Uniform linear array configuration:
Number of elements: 24
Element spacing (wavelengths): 0.75
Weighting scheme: kaiser
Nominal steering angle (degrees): -30
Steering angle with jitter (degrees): -30.267
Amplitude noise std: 0.05
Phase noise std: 0.05

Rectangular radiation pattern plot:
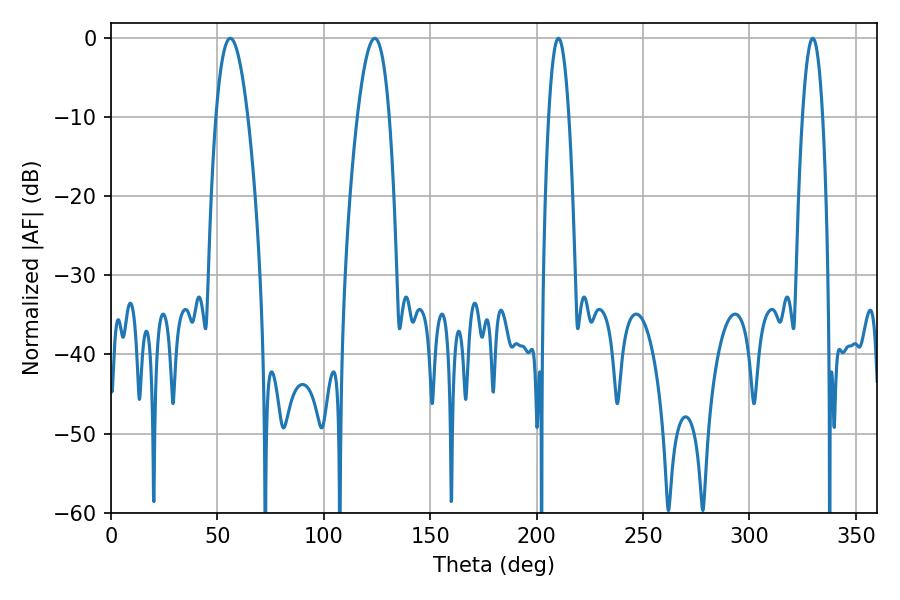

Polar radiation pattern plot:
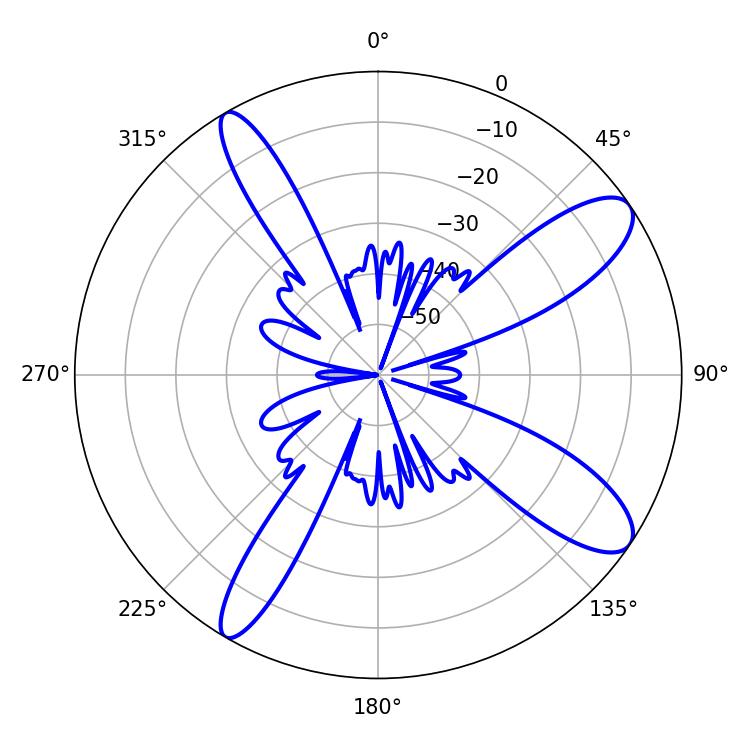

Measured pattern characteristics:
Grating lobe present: TRUE
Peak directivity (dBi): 11.031
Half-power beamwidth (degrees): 5.22
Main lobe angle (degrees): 210.24